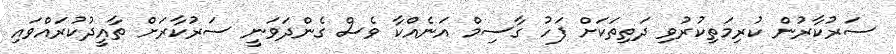
ސަރުކާރުން ކުރިމަތިކުރުވި ދަތިތަކަށް ފަހު ގާސިމް އަނެއްކާ ވެސް ގެންދަވަނީ ސަރުކާރަށް ތާއީދުކުރައްވައި